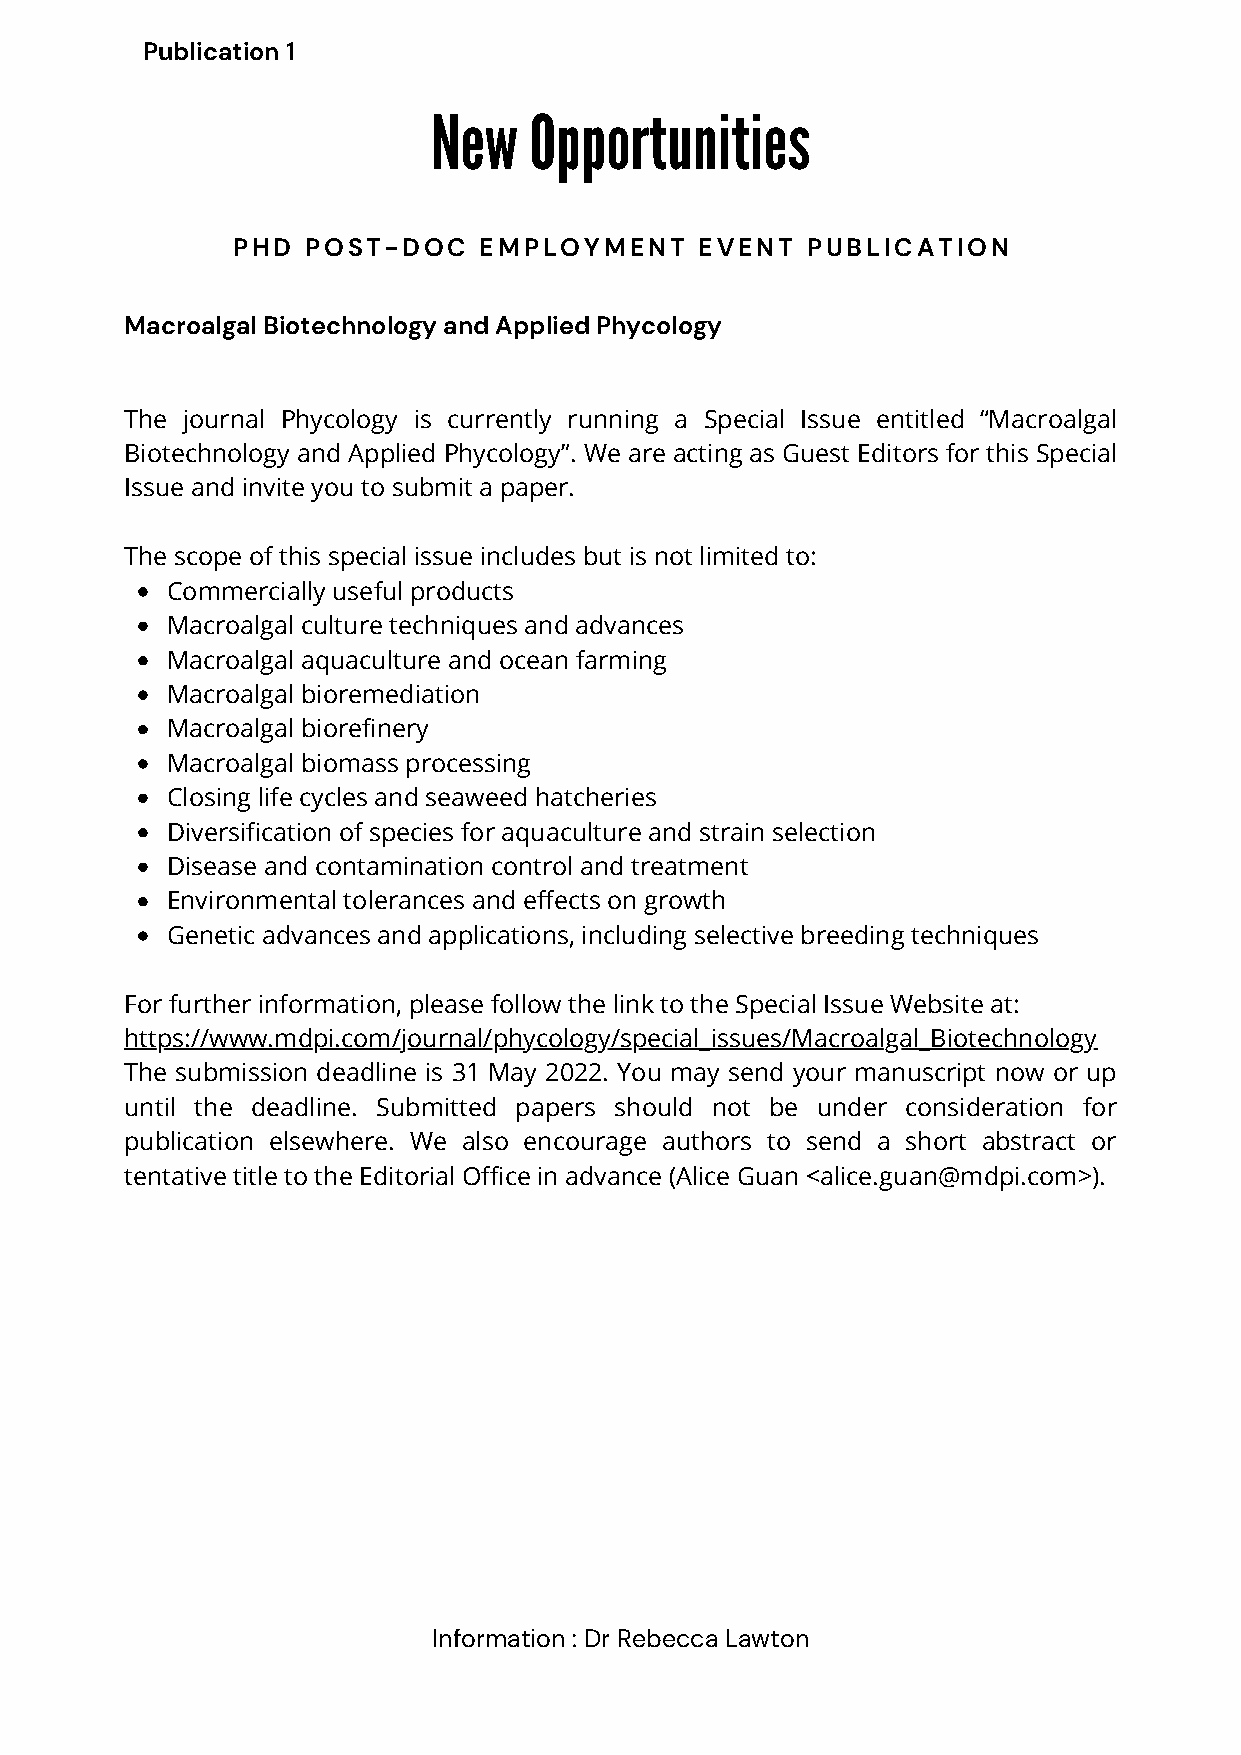
Publication 1
 New   Opportunities
 PHD  POST-DOC    EMPLOYMENT    EVENT  PUBLICATION
 Macroalgal Biotechnology and Applied Phycology
 The journal Phycology is currently running a Special Issue entitled “Macroalgal
 Biotechnology and Applied Phycology”. We are acting as Guest Editors for this Special
 Issue and invite you to submit a paper.
 The scope of this special issue includes but is not limited to:
 Commercially useful products
 Macroalgal culture techniques and advances
 Macroalgal aquaculture and ocean farming
 Macroalgal bioremediation
 Macroalgal biorefinery
 Macroalgal biomass processing
 Closing life cycles and seaweed hatcheries
 Diversification of species for aquaculture and strain selection
 Disease and contamination control and treatment
 Environmental tolerances and effects on growth
 Genetic advances and applications, including selective breeding techniques
 For further information, please follow the link to the Special Issue Website at:
 https://www.mdpi.com/journal/phycology/special_issues/Macroalgal_Biotechnology
 The submission deadline is 31 May 2022. You may send your manuscript now or up
 until the deadline. Submitted papers should not be under consideration for
 publication elsewhere. We also encourage authors to send a short abstract or
 tentative title to the Editorial Office in advance (Alice Guan <alice.guan@mdpi.com>).
 Information : Dr Rebecca Lawton